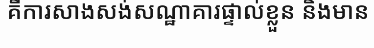
គឺការសាងសង់សណ្ឋាគារផ្ទាល់ខ្លួន និងមាន